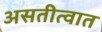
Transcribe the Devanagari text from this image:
असतीत्वात